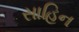
સાહિન